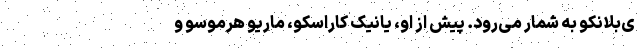
ی‌بلانکو به شمار می‌رود. پیش از او، یانیک کاراسکو، ماریو هرموسو و